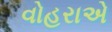
વોહરાએ